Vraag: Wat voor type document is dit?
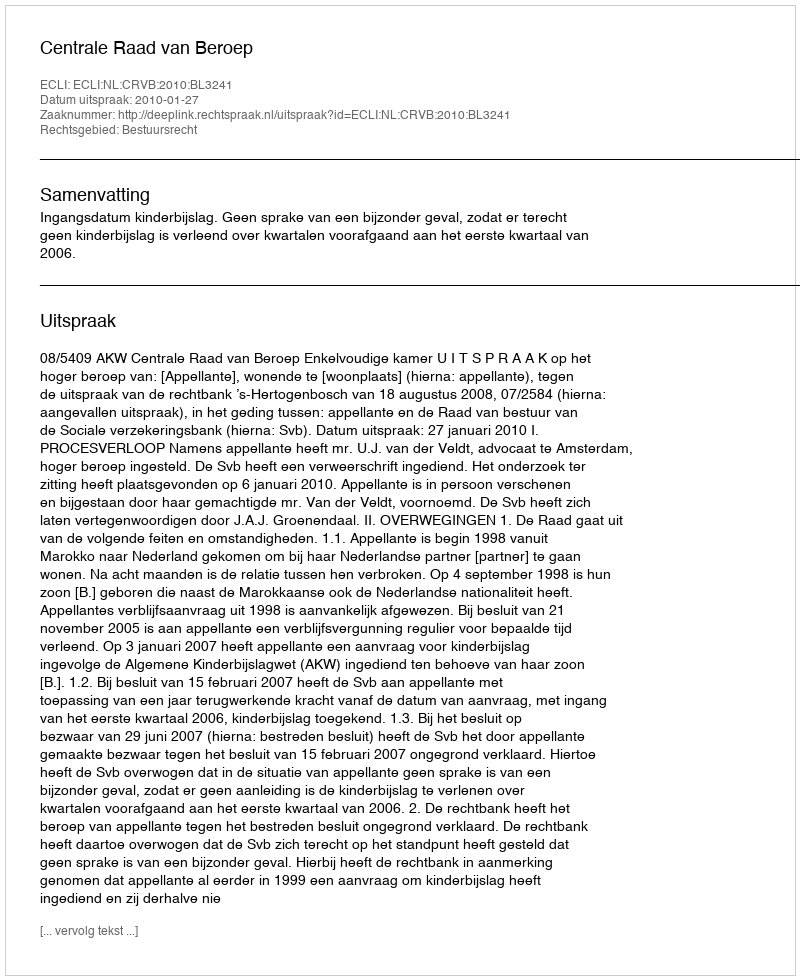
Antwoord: Uitspraak